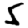
Digit: 5